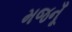
મજનૂઁ